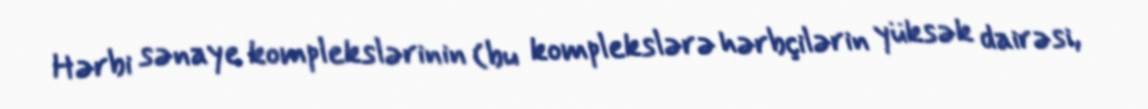
Hərbi sənaye komplekslərinin (bu komplekslərə hərbçilərin yüksək dairəsi,